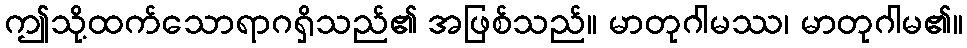
ဤသို့ထက်သောရာဂရှိသည်၏ အဖြစ်သည်။ မာတုဂါမဿ၊ မာတုဂါမ၏။